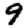
Digit: 9